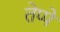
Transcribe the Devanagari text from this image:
तेप्पे